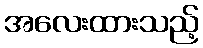
အလေးထားသည့်